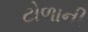
ટોળાની